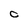
Character: O